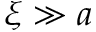
\xi \gg a